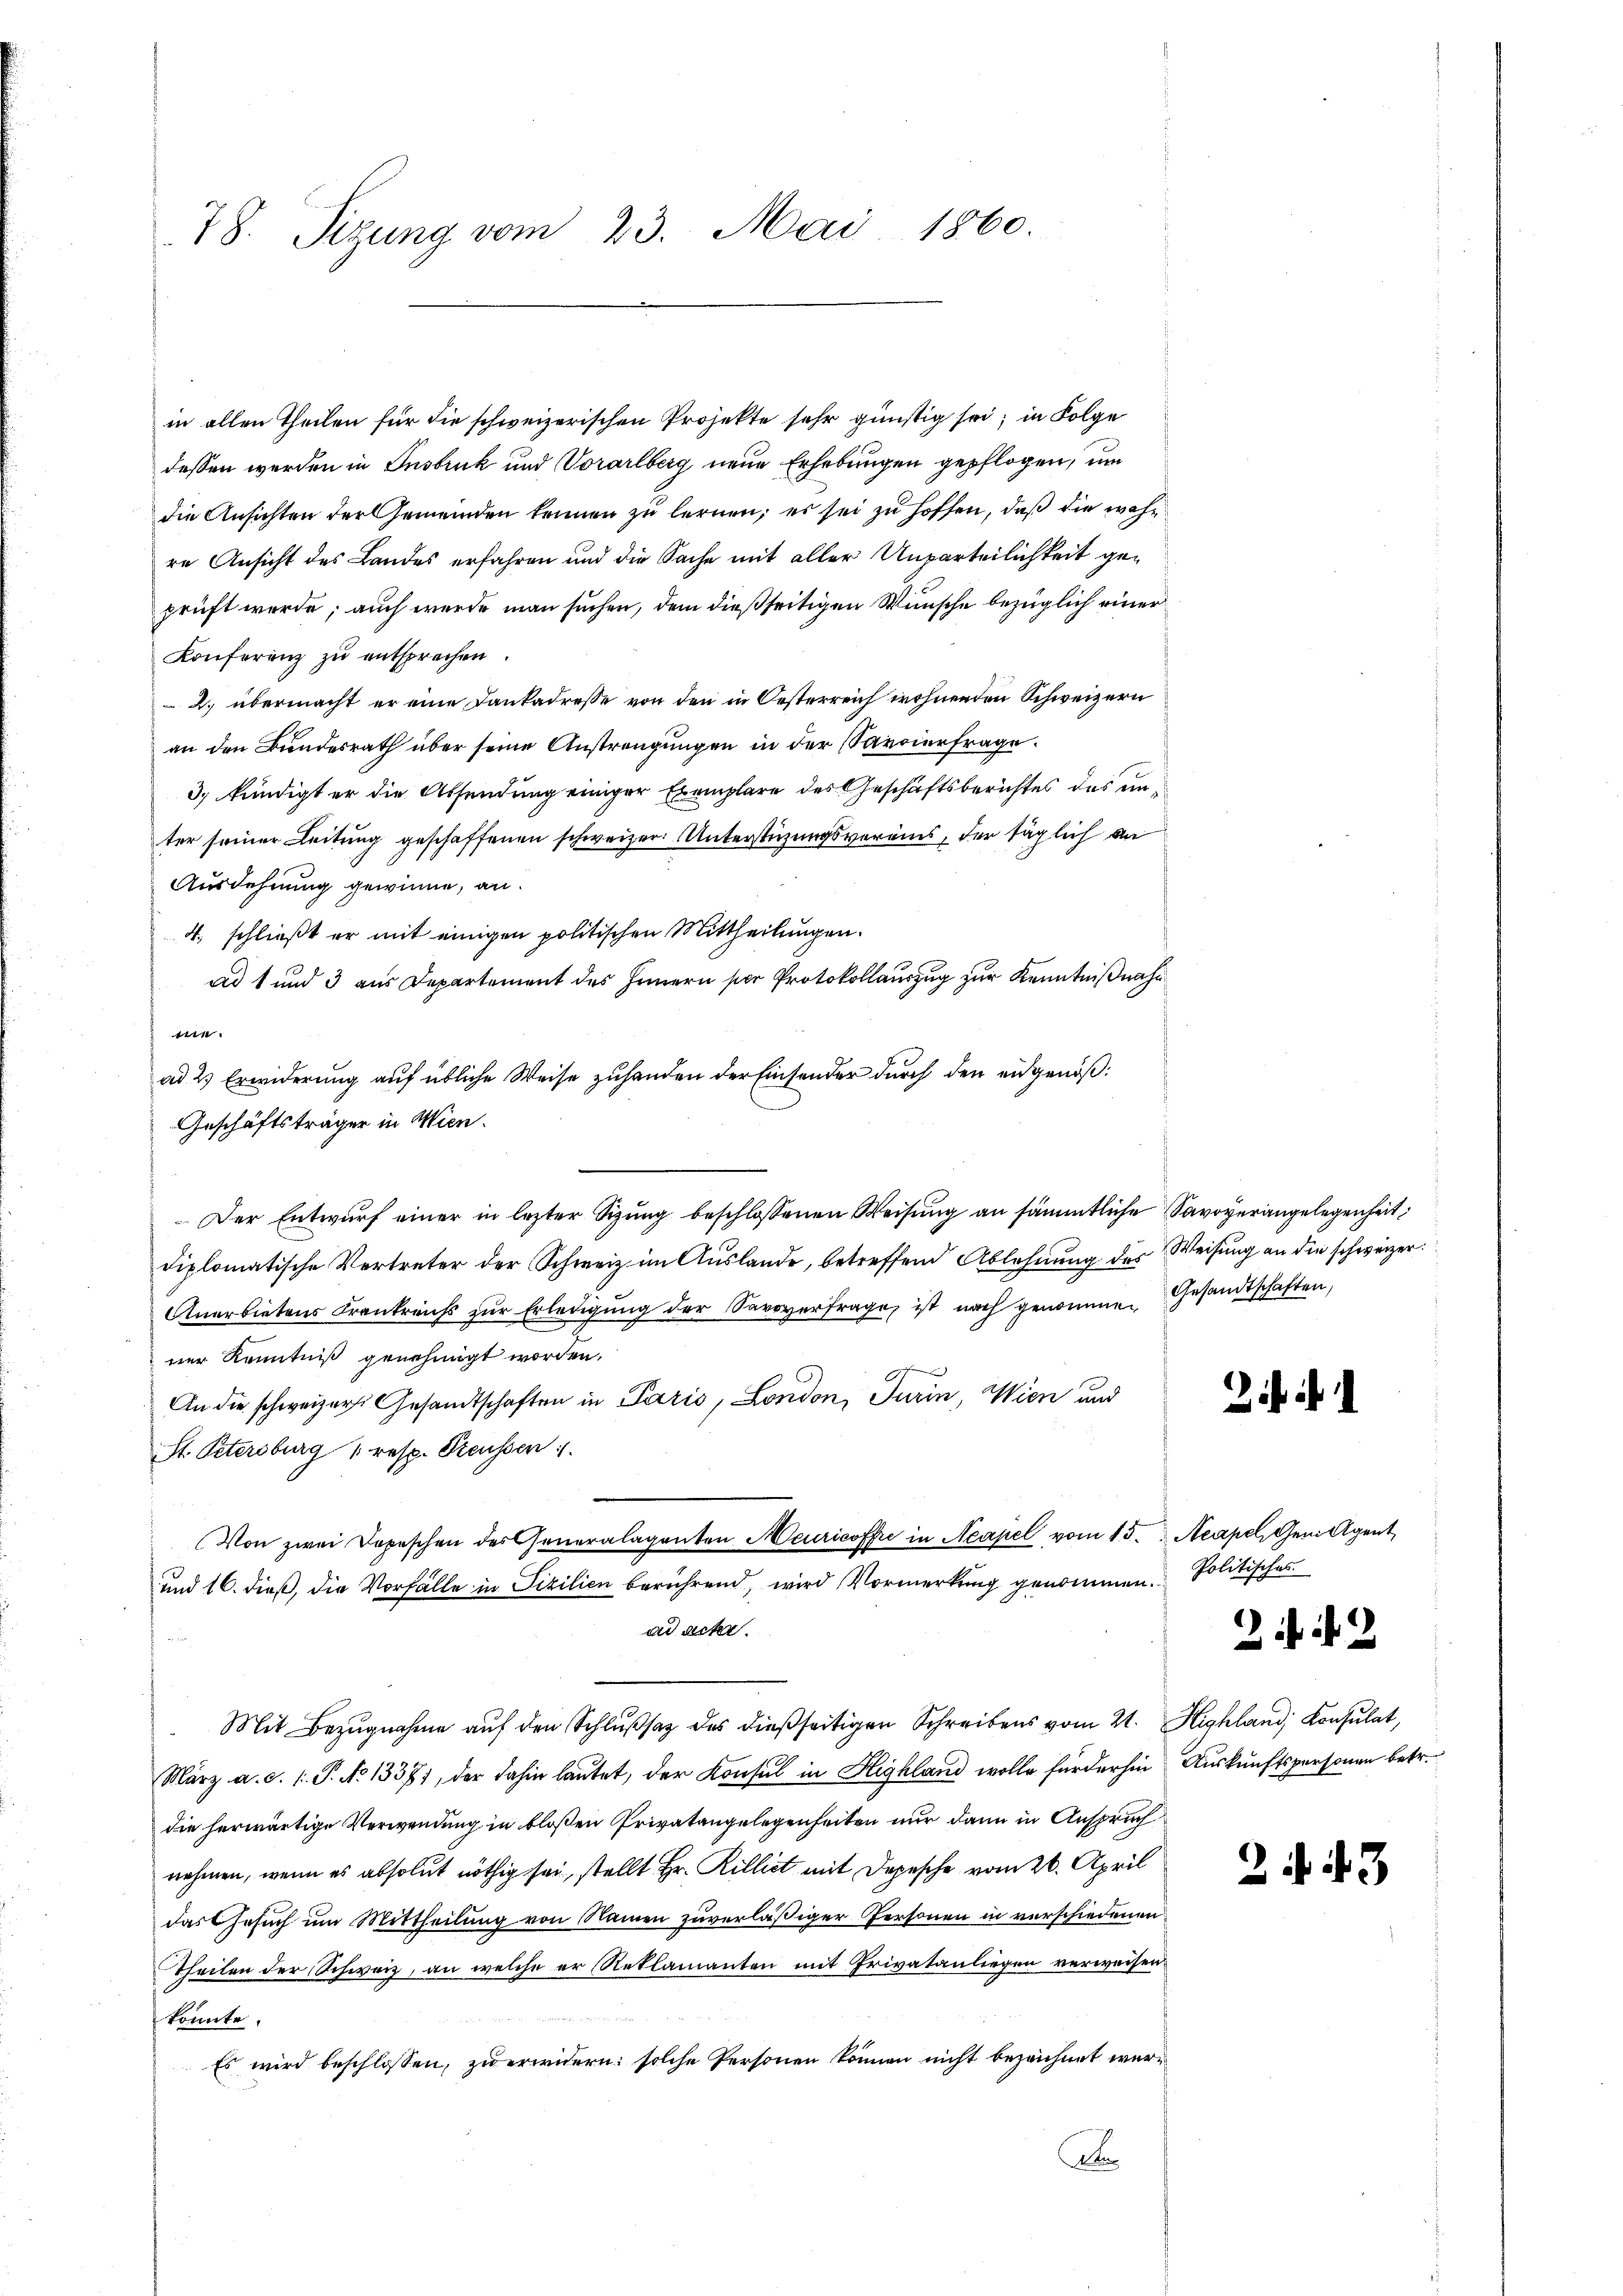
78. Sizung vom 23. Mai 1860.

in allen Theilen für die schweizerischen Projekte sehr günstig sei; in Folge
dessen werden in Insbruk und Vorarlberg neue Erhebungen gepflogen, um
die Ansichten der Gemeinden kennen zu lernen; es sei zu hoffen, daß die wahr
re Ansicht des Landes erfahren und die Sache mit aller Unparteilichkeit geprüft werde; auch wurde man suchen, dem dießseitigen Wünsche bezüglich einer
Konferenz zŭ entsprechen.
2. übermacht er eine Cankadresse von den in Oesterreich wohnenden Schweizern
an den Bundesrath über seine Anstrengungen in der Savoierfrage.
3; kündigt er die Absendung einiger Exemplare des Geschäftsberichtes des unter seiner Leitung geschaffenen schweizer. Unterstüzungsvereins, der täglich an
Ausdehnung gewinne, an.
4., schließt er mit einigen politischen Mittheilungen.
ad 1 und 3 aus Departement des Innern per Protokollauszug zur Kenntnißnahm
t
ad 2.) Erwiderung auf übliche Weise zuhanden der Einsonder durch den eidgenößd
Der Entwŭrf einer in letzter Sizŭng beschlossenen Weisŭng an sämmtliche Savoyerangelegenheit:
diplomatische Vertreter der Schweiz im Auslande, betreffend Ablehnung des Weisung an die schweizer.
Anerbietens Frankreichs zŭr Erledigŭng der Savoyerfrage, ist nach genomme. Gesandtschaften,
ner Kenntniß genehmigt worden.
An die schweizers Gesandtschaften in Paris, London, Turin, Wien und
St. Petersburg 1 resp. Preussen
Von zwei Depeschen desseneralaganten Meuricoffe in Neapel vom 15. Acapel gen Agent
und 16. dieß, die Vorfälle in Fizilien berührend, wird Vormerkung genommen. Politisches
ad acte.
n
Mit Bezugnahme auf den Schlußsatz des dießseitigen Schreibens vom 24. Highland Consulat,
März a.c. (: P. No 1337), der dahin lautet, der Konsul in Highland wolle für der hin Auskunftspersonen betr.
die herwärtige Verwendung in bloßen Privatangelegenheiten nur dann in Anspruch
nehmen, wenn es absolut nöthig sei, stellt Hr. Rillict mit Depesche vom 26. April
das Gesuch um Mittheilung von Namen zuverläßiger Personen in verschiedenen
Theilen der Schweiz, an welche er Reklamanten mit Privatanliegen verweisen
konnte.
Es wird beschlossen, zu erwidern: solche Personen können nicht bezeichnet wer¬
D

Geschäftsträger in Wien.

Ziff. 1

22

2f 43